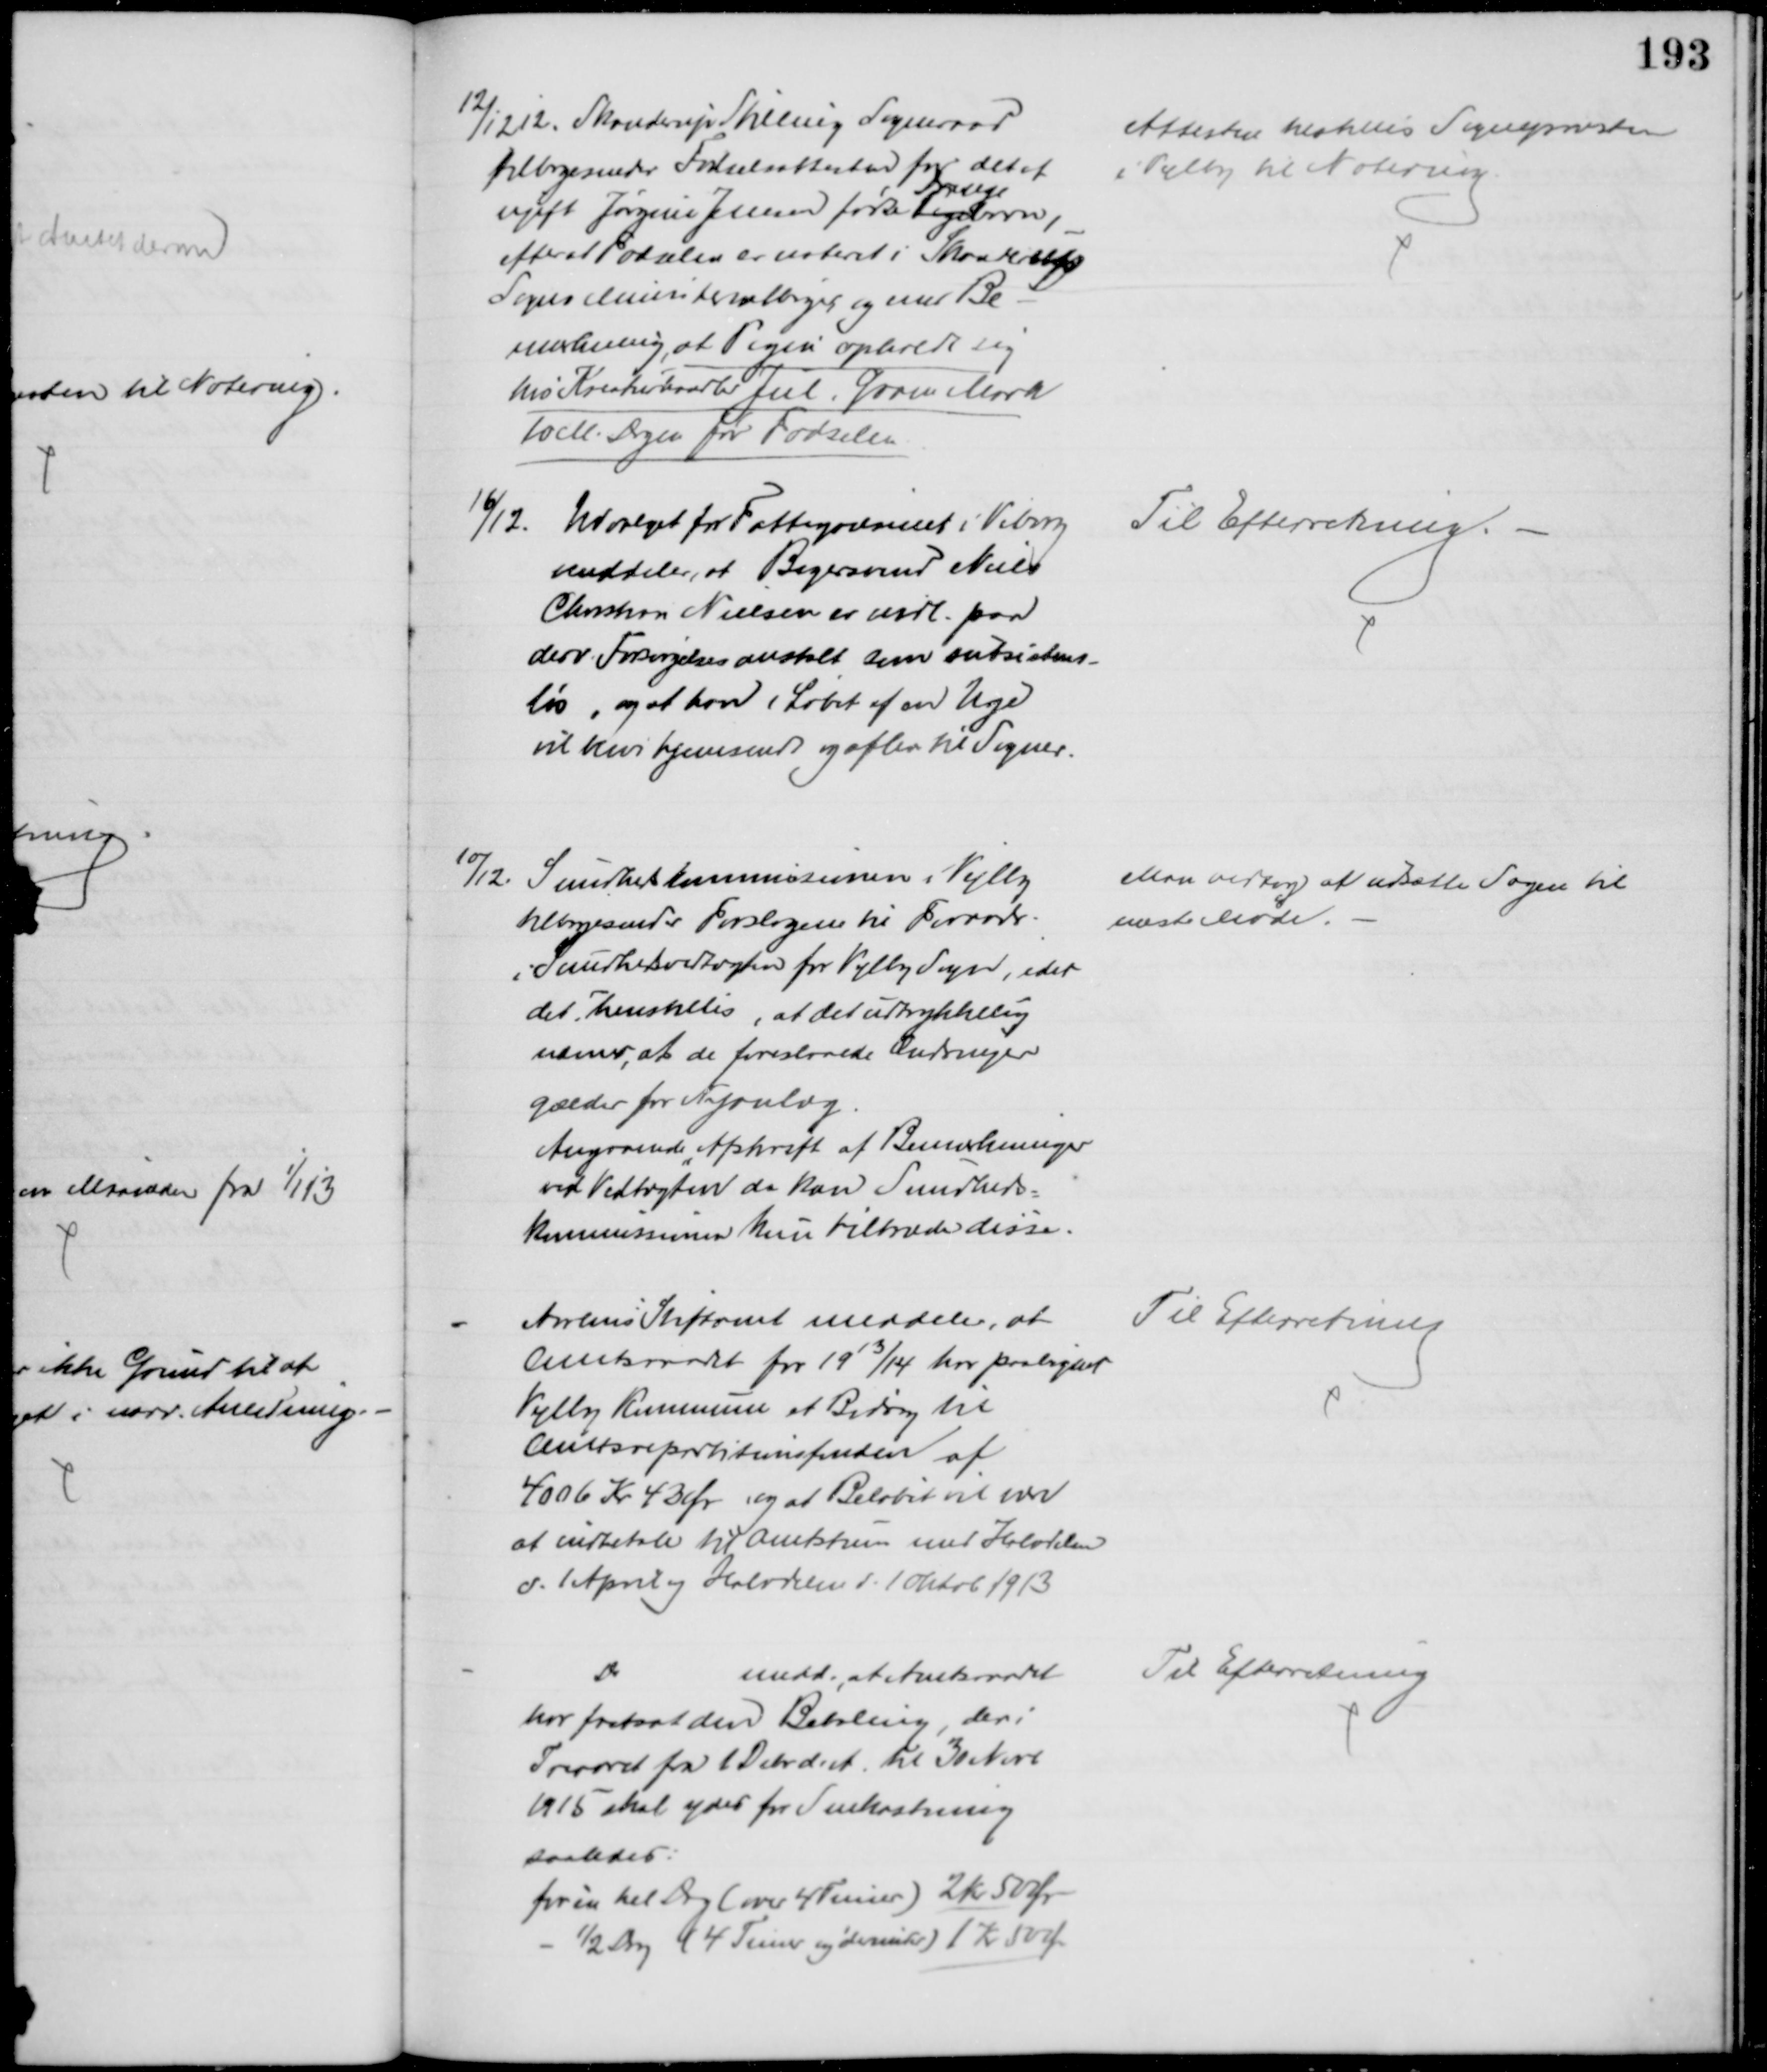
Transskription:
12/12 12. Skanderup Stilling Sogneraad
tilbagesender Fødselsattesten for det af
ugift Jørgine Jensen fødte Pige
Drenge
barn
efter at Fødselen er noteret i Skanderup
Sogns Ministerialbøger og med Be-
mærkning, at Pigen opholdt sig
hos Kreaturhandler Jul, Gram Mark
10 M. Dagen for Fødselen
Attesten tilstilles Sognepræsten
i Vejlby til Notering.
16/12. Udvalget for Fattigvæsenet i Viborg
meddeler, at Bagersvend Niels
Christian Nielsen er indl. paa
derv. Forsørgelsesanstalt som subsistens-
løs, og at han i Løbet af en Uge
vil blive hjemsendt og aflev til Sogner.
Til Efterretning 
10/12.
Sundhedkommissionen i Vejlby
tilbagesender Forslagene til Forandr.
i Sundhedsvedtægten for Vejlby Sogn, idet
det henstilles, at det udtrykkelig
nævnes, at de foreslaaede Ændringer
gælder for Nyanlæg.
Angaaende Afskrift af Bemærkninger
ved Vedtægten da kan Sundheds-
kommissionen kun tiltræde disse.
Man vedtog at udsætte Sagen til 
næste Møde.
Aarhus Stiftamt meddeler, at
Amtsraadet for 1913/14 har paalignet
Vejlby Kommune et Bidrag til 
Amtsrepartitionsfonden af 
4006 Kr 43 Ør og at Beløbet vil være
at indbetale til Amtstuen med Halvdelen
d. 1 April og Halvdelen d. 1 oktob 1913
Til Efterretning
Do
medd. at Amtsraadet
har fastsat den Betaling, der i
Treaaret fra 1 Dcbr d. A. til 30 Novb
1915 skal ydes for Snekastning
saaledes:
for én hel Dag (over 4 Timer) 2 kr 50 Ør
½ Dag (4 Timer og derunder) 1 Kr 50 Ør
Til Efterretning